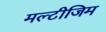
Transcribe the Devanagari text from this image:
मल्टीजिम